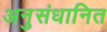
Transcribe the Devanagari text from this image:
अनुसंधानित